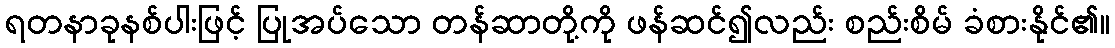
ရတနာခုနစ်ပါးဖြင့် ပြုအပ်သော တန်ဆာတို့ကို ဖန်ဆင်၍လည်း စည်းစိမ် ခံစားနိုင်၏။